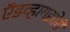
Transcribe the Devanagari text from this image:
ऍडव्हायझोरी